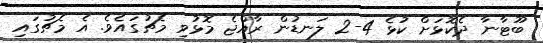
ބޫޓާނާ ދެކޮޅަށް ކުޅެ 4-2 ލަނޑުން ރާއްޖެ މޮޅުވި މެޗުގައެވެ. އެ މެޗުގައި